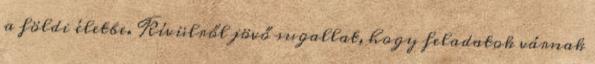
a földi életbe. Kívülről jövő sugallat, hogy feladatok várnak